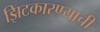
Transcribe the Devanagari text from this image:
झिटकारण्याची